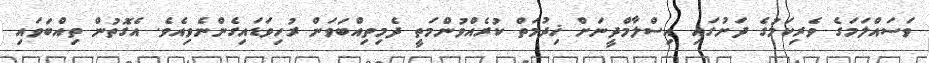
ވަސައްލަމަގެ ވެރިކަމުގެ ދަށުގައި އިސްލާމްދީނަށް ޚިދުމަތް ކުރެއްވުންމަތީ ދެމިތިއްބަވަން ރުހިވަޑައިގެންނެވިއެވެ. އެގޮތުން ތިއްބަވައި